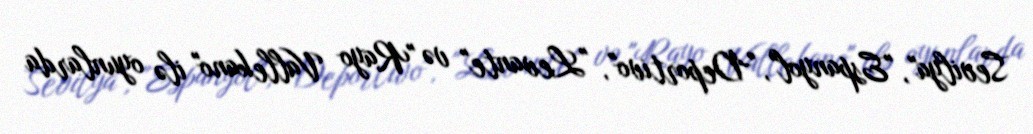
Sevilya", "Espanyol", "Deportivo", "Levante" və "Rayo Vallekano" ilə oyunlarda